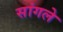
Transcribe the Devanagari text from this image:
सांगले